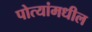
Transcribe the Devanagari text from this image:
पोत्यांमधील